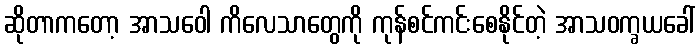
ဆိုတာကတော့ အာသဝေါ ကိလေသာတွေကို ကုန်စင်ကင်းစေနိုင်တဲ့ အာသဝက္ခယခေါ်